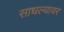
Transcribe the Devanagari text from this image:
साधल्यावर